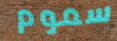
سموم